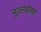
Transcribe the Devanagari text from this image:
नूतनसोबत